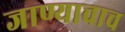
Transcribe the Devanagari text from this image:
जाण्याचाच